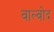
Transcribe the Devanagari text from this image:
वाल्वोद